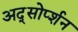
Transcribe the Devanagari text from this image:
अद्सोर्प्शन